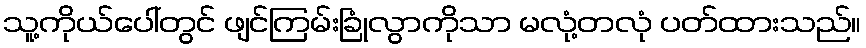
သူ့ကိုယ်ပေါ်တွင် ဖျင်ကြမ်းခြုံလွာကိုသာ မလုံ့တလုံ ပတ်ထားသည်။